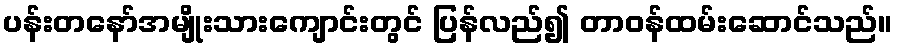
ပန်းတနော်အမျိုးသားကျောင်းတွင် ပြန်လည်၍ တာဝန်ထမ်းဆောင်သည်။